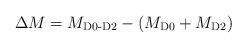
LaTeX: \begin{align*}\Delta M=M_{\mbox{\scriptsize{D0-D2}}}-(M_{\mbox{\scriptsize{D0}}}+M_{\mbox{\scriptsize{D2}}})\end{align*}